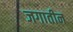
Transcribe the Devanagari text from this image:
जगातीन